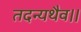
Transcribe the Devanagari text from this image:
तदन्यथैव।।